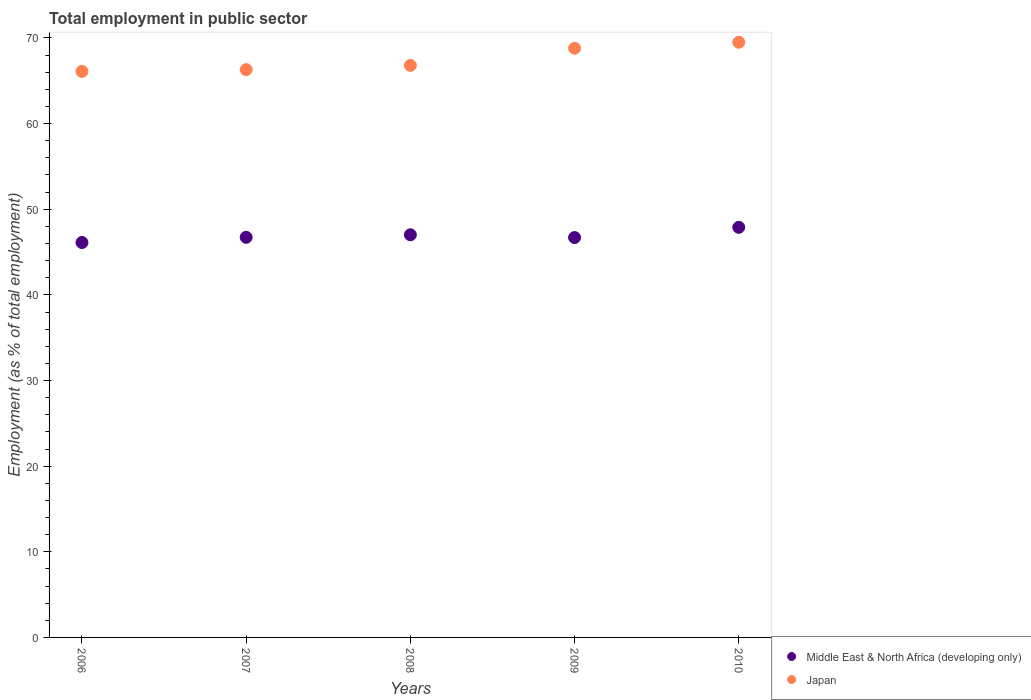
| Years | Middle East & North Africa (developing only) | Japan |
 | --- | --- | --- |
 | 2006 | 46.1 | 66.1 |
 | 2007 | 46.7 | 66.3 |
 | 2008 | 47 | 66.8 |
 | 2009 | 46.7 | 68.8 |
 | 2010 | 47.9 | 69.5 |